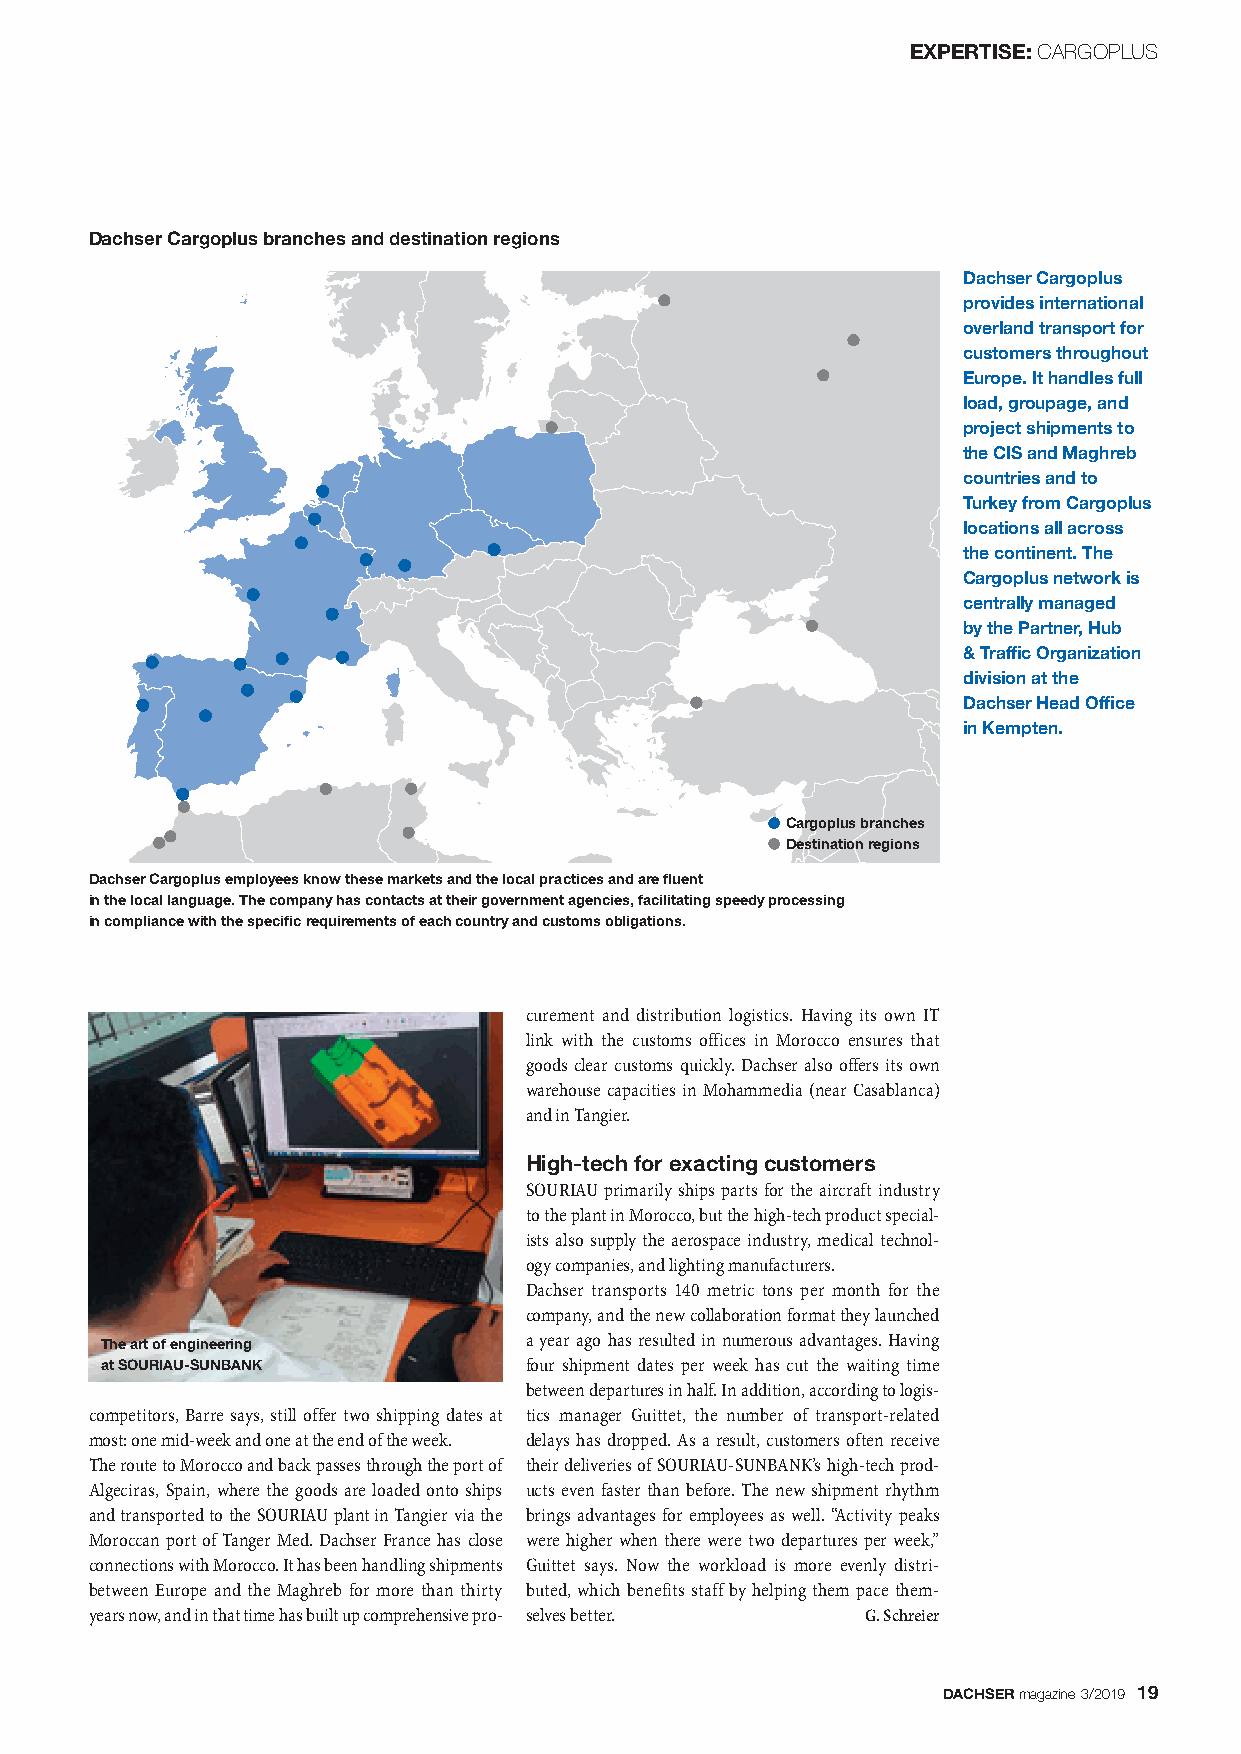
EXPERTISE:CARGOPLUS
 Dachser Cargoplus branches and destination regions
 Dachser Cargoplus
 provides international
 overland transport for
 customers throughout
 Europe. It handles full
 load, groupage, and
 project shipments to
 the CIS and Maghreb
 countries and to
 Turkey from Cargoplus
 locations all across
 the continent. The
 Cargoplus network is
 centrally managed
 by the Partner, Hub
 & Traffic Organization
 division at the
 Dachser Head Office
 in Kempten.
 Cargoplus branches
 Destination regions
 Dachser Cargoplus employees know these markets and the local practices and are fluent
 in the local language. The company has contacts at their government agencies, facilitating speedy processing
 in compliance with the specific requirements of each country and customs obligations.
 curement and distribution logistics. Having its own IT
 link with the customs offices in Morocco ensures that
 goods clear customs quickly. Dachser also offers its own
 warehouse capacities in Mohammedia (near Casablanca)
 and in Tangier.
 High-tech for exacting customers
 SOURIAU primarily ships parts for the aircraft industry
 to the plant in Morocco, but the high-tech product speci a l -
 ists also supply the aerospace industry, medical technol -
 ogy companies, and lighting manufacturers.
 Dachser transports 140 metric tons per month for the
 company, and the new collaboration format they launched
 a year ago has resulted in numerous advantages. Having
 The art of engineering
 at SOURIAU-SUNBANK          four shipment dates per week has cut the waiting time
 between departures in half. In addition, according to logis-
 competitors, Barre says, still offer two shipping dates at tics manager Guittet, the number of transport-related
 most: one mid-week and one at the end of the week. delays has dropped. As a result, customers often receive
 The route to Morocco and back passes through the port of their deliveries of SOURIAU-SUNBANK’s high-tech prod-
 Algeciras, Spain, where the goods are loaded onto ships ucts even faster than before. The new shipment rhythm
 and transported to the SOURIAU plant in Tangier via the brings advantages for employees as well. “Activity peaks
 Moroccan port of Tanger Med. Dachser France has close were higher when there were two departures per week,”
 connections with Morocco. It has been handling shipments Guittet says. Now the workload is more evenly distri -
 between Europe and the Maghreb for more than thirty buted, which benefits staff by helping them pace them -
 years now, and in that time has built up comprehensive pro- selves better. G. Schreier
 DACHSERmagazine 3/2019 19